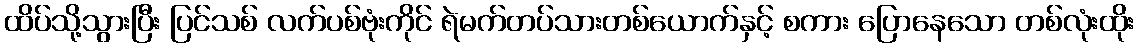
ထိပ်သို့သွားပြီး ပြင်သစ် လက်ပစ်ဗုံးကိုင် ရဲမက်တပ်သားတစ်ယောက်နှင့် စကား ပြောနေသော တစ်လုံးထိုး